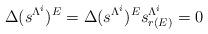
LaTeX: \begin{align*}\Delta(s^{\Lambda^i})^E=\Delta(s^{\Lambda^i})^E s_{r(E)}^{\Lambda^i}=0\end{align*}